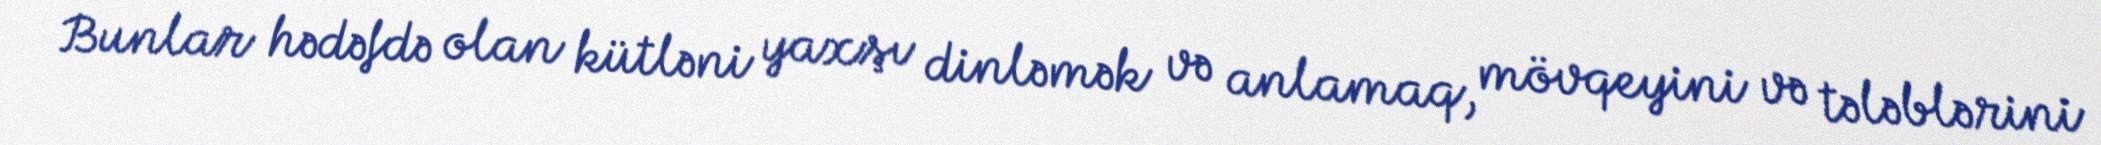
Bunlar hədəfdə olan kütləni yaxşı dinləmək və anlamaq, mövqeyini və tələblərini